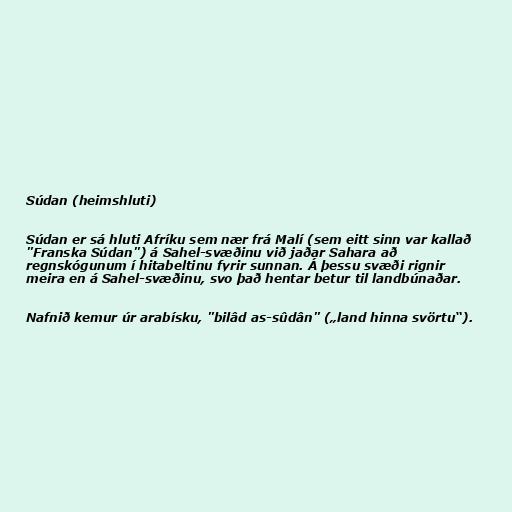
Súdan (heimshluti)

Súdan er sá hluti Afríku sem nær frá Malí (sem eitt sinn var kallað
"Franska Súdan") á Sahel-svæðinu við jaðar Sahara að
regnskógunum í hitabeltinu fyrir sunnan. Á þessu svæði rignir
meira en á Sahel-svæðinu, svo það hentar betur til landbúnaðar.

Nafnið kemur úr arabísku, "bilâd as-sûdân" („land hinna svörtu“).